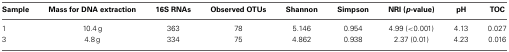
<table><thead><tr><td><b>Sample</b></td><td><b>Mass for DNA extraction</b></td><td><b>16S RNAs</b></td><td><b>Observed OTUs</b></td><td><b>Shannon</b></td><td><b>Simpson</b></td><td><b>NRI (<i>p</i>-value)</b></td><td><b>pH</b></td><td><b>TOC</b></td></tr></thead><tbody><tr><td>1</td><td>10.4 g</td><td>363</td><td>78</td><td>5.146</td><td>0.954</td><td>4.99 (&lt;0.001)</td><td>4.13</td><td>0.027</td></tr><tr><td>3</td><td>4.8 g</td><td>334</td><td>75</td><td>4.862</td><td>0.938</td><td>2.37 (0.01)</td><td>4.23</td><td>0.016</td></tr></tbody></table>